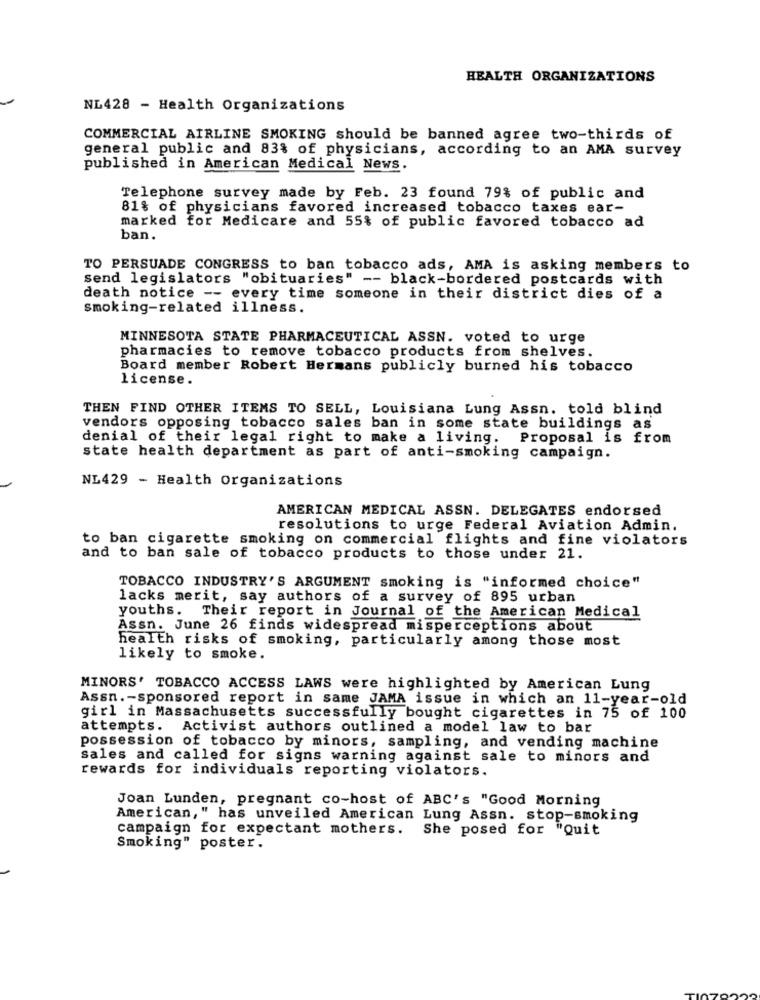
HEALTH ORGANIZATIONS
NL428 - Health Organizations
COMMERCIAL AIRLINE SMOKING should be banned agree two-thirds of
general public and 83% of physicians, according to an AMA survey
published in American Medical News.
Telephone survey made by Feb. 23 found 79% of public and
81% of physicians favored increased tobacco taxes ear-
marked for Medicare and 55% of public favored tobacco ad
ban.
TO PERSUADE CONGRESS to ban tobacco ads, AMA is asking members to
send legislators "obituaries" -- black-bordered postcards with
death notice -- every time someone in their district dies of a
smoking-related illness.
MINNESOTA STATE PHARMACEUTICAL ASSN. voted to urge
pharmacies to remove tobacco products from shelves.
Board member Robert Hermans publicly burned his tobacco
license.
THEN FIND OTHER ITEMS TO SELL, Louisiana Lung Assn. told blind
vendors opposing tobacco sales ban in some state buildings as
denial of their legal right to make a living. Proposal is from
state health department as part of anti-smoking campaign.
NL429 - Health Organizations
AMERICAN MEDICAL ASSN. DELEGATES endorsed
resolutions to urge Federal Aviation Admin.
to ban cigarette smoking on commercial flights and fine violators
and to ban sale of tobacco products to those under 21.
TOBACCO INDUSTRY'S ARGUMENT smoking is "informed choice"
lacks merit, say authors of a survey of 895 urban
youths. Their report in Journal of the American Medical
Assn. June 26 finds widespread misperceptions about
health risks of smoking, particularly among those most
likely to smoke.
MINORS' TOBACCO ACCESS LAWS were highlighted by American Lung
Assn. - sponsored report in same JAMA issue in which an 11-year-old
girl in Massachusetts successfully bought cigarettes in 75 of 100
attempts.
Activist authors outlined a model law to bar
possession of tobacco by minors, sampling, and vending machine
sales and called for signs warning against sale to minors and
rewards for individuals reporting violators.
Joan Lunden, pregnant co-host of ABC's "Good Morning
American," has unveiled American Lung Assn. stop-smoking
campaign for expectant mothers. She posed for "Quit
Smoking" poster.